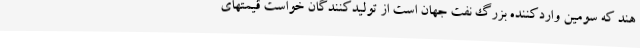
هند که سومین واردکننده بزرگ نفت جهان است از تولیدکنندگان خواست قیمتهای